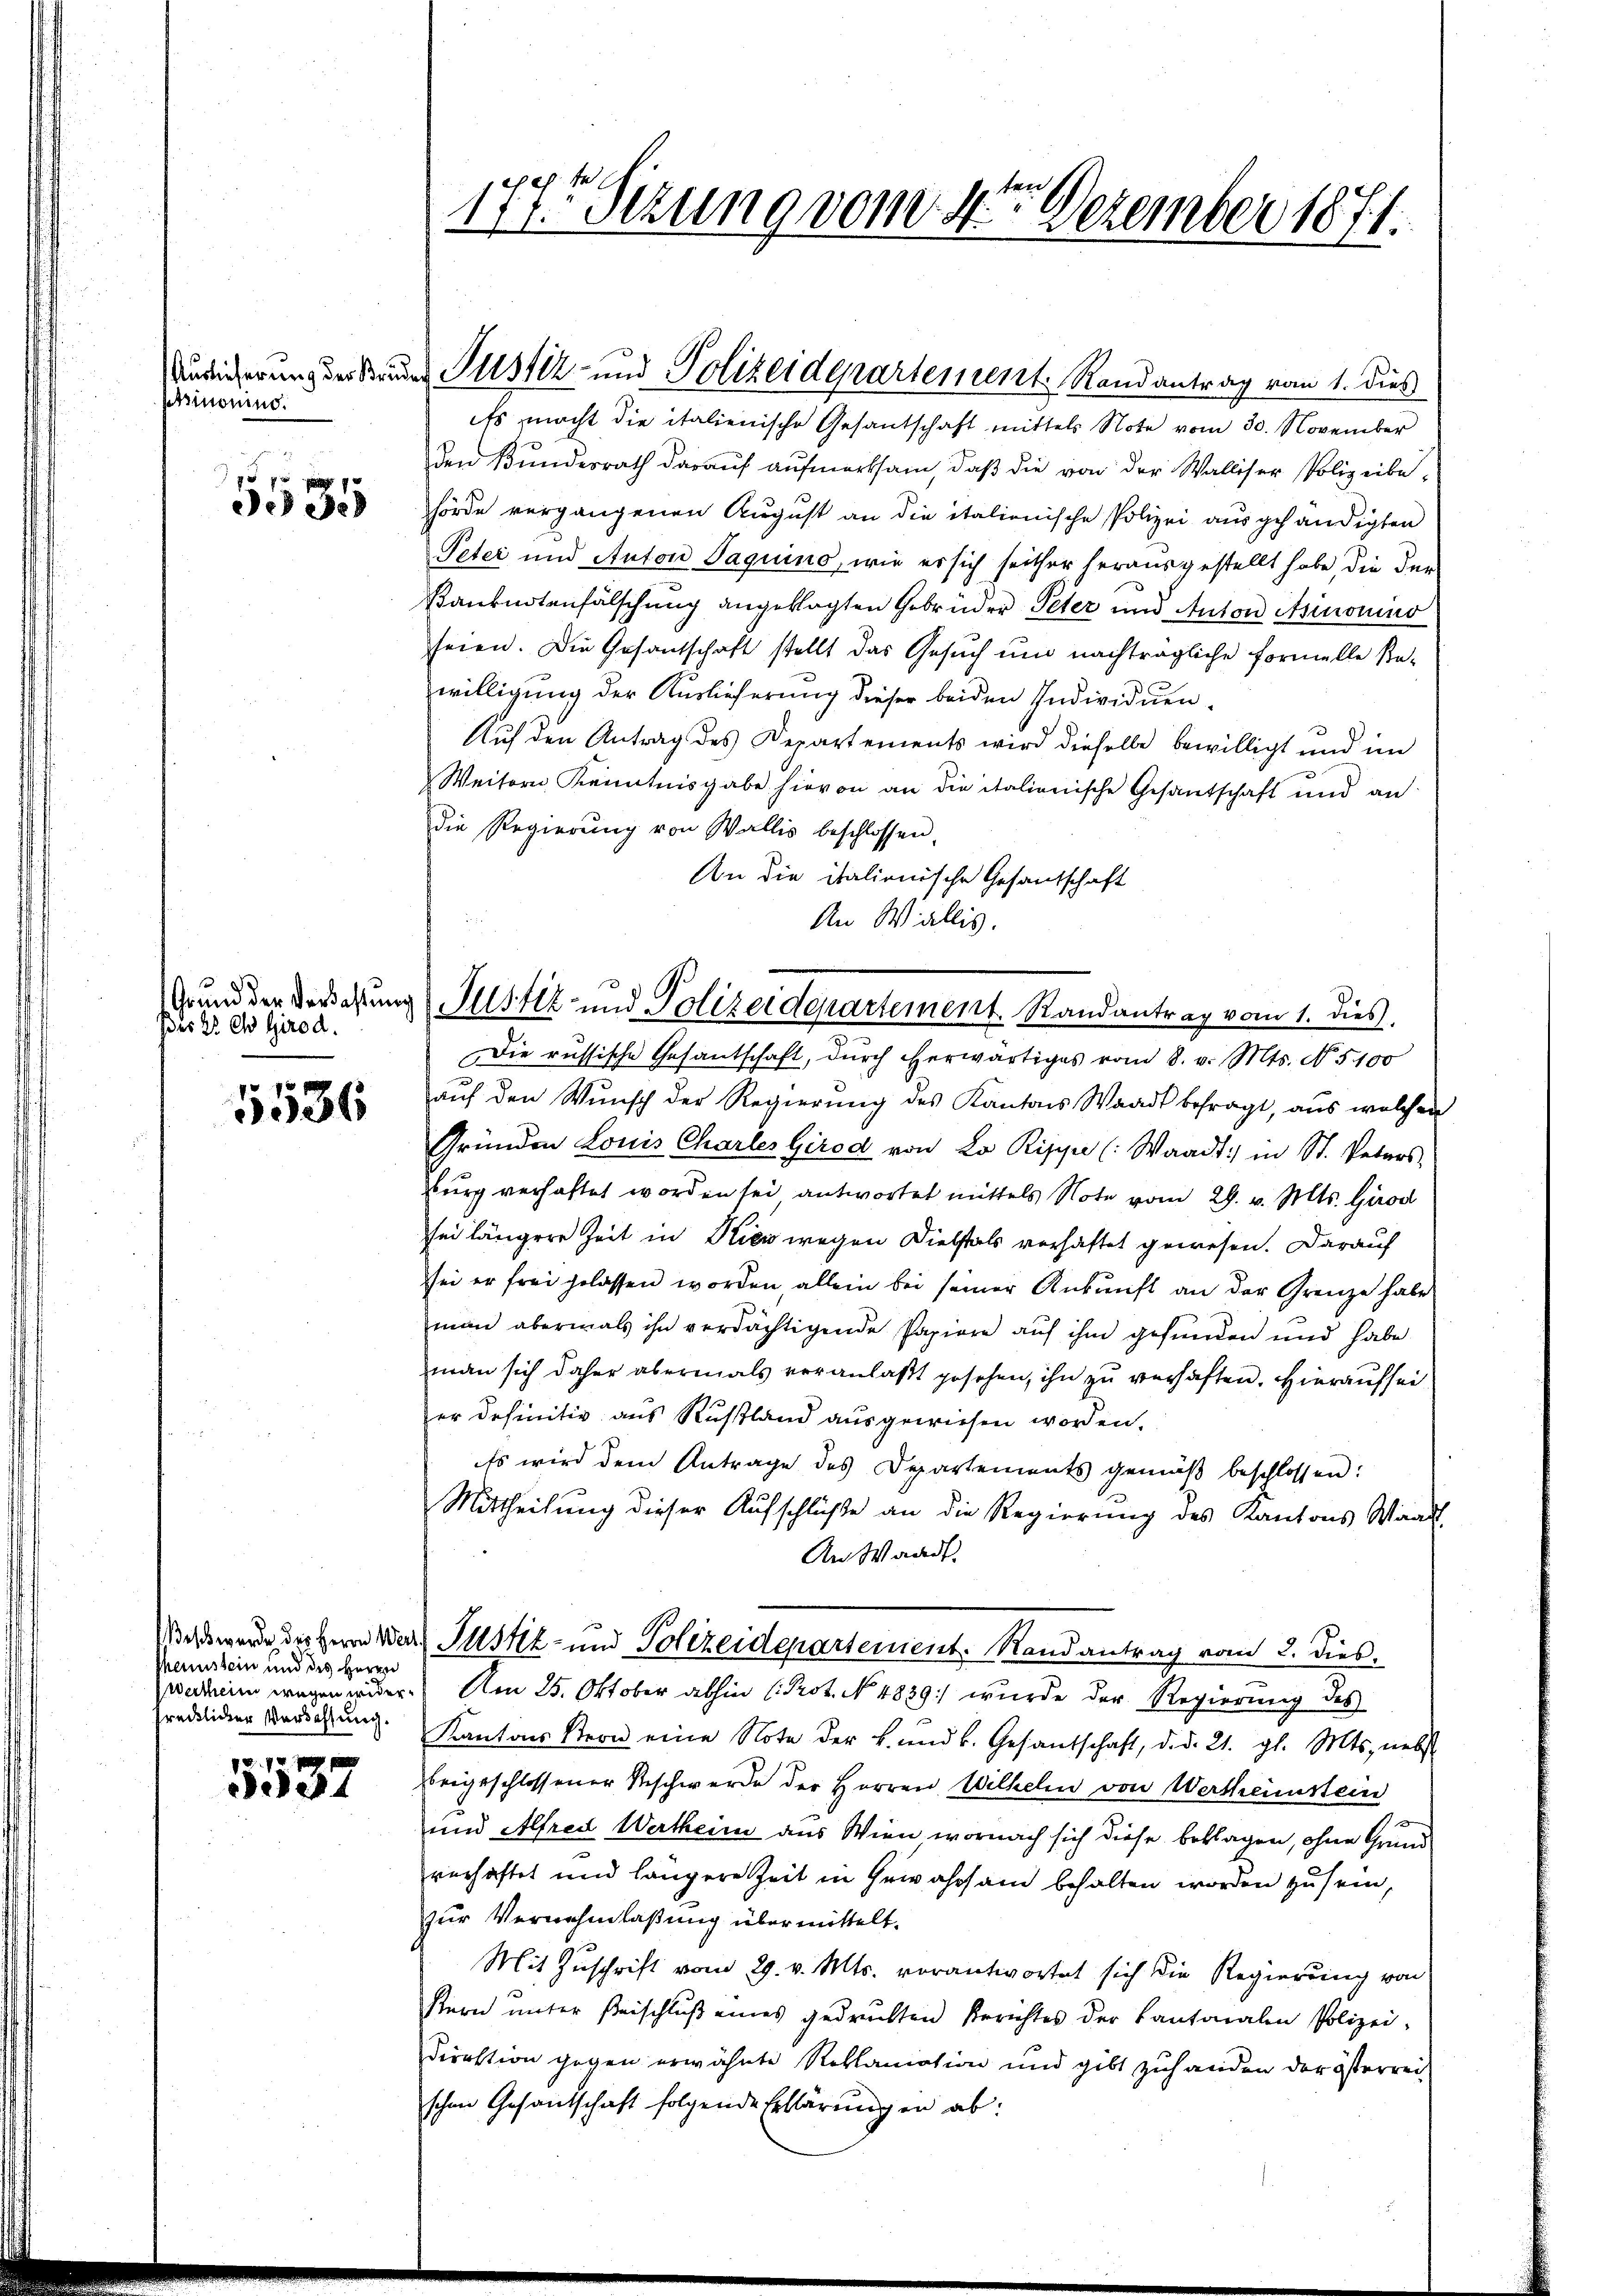
psinonind.

75 g
3035

Grund der Verlastung
Ides 25 ch Girod.

5536

shenstein und des Herrn
Precklicher Verdachtung.

5537

177. Sizung vom 4ten Dezember 1871.

Ausicherung der Bruder Justiz- und Polizeidepartement. Randantrag vom 1. dies

Isttz- und Polizeidepartement. Randantrag vom 1. dies

eEs macht die italienische Gesantschaft mittels Note vom 30. November
den Bundesrath darauf aufmerksam, daß die von der Walliser Polizeibehörde vergangenen August an die italienische Polizei ausgehändigten
Peter und Anton Jaquino, wie er sich seither herausgestellt habe, die der
Banknotenfälschung angeklagten Gebrüder Peter und Anton Asinonino
seien. Die Gesantschaft stellt das Gesuch und nachträgliche Formelle Ka-
willigung der Auslieferung dieser beiden Individuen¬
Auf den Antrag des Departements wird dieselbe bewilligt und im
Weitern Kenntnisgabe hievon an die italienische Gesandschaft und an
die Regierung von Wallis beschlossen.
An die italionische Gesandschaft
An Wallis.
Die russische Gesantschaft, dŭrch erwärtiges vom 8. v. Mts. No. 5100
aŭf den Wunsch der Regierŭng des Kantons Waadt befragt, aus welchen
Gründen Louis Charles Girod von Lo Rippe (Waadt: in St. Veters,
burg verhaftet worden sei antwortet mittels Note vom 29. v. Mts. Gior
sei längere Zeit in Kies wegen Diebstals verhaftet gewesen. Darauf
sei er frei gelassen worden allein bei seiner Ankunft an der Grenze habe
man abermals ihn verdächtigende Papiere aŭf ihm gefunden und habe
man sich daher abermals veranlaßt gesehen, ihn zu verhaften. Hierauf sei
er definitiv aus Rustland ausgewiesen worden.
eEs wird dem Antrage des Departements gemäβ beschlossen:
Mittheilung dieser Aufschlüße an die Regierung des Kantons Waadt,
An Waadt
Was wurde des Herrn Wer Justiz- und Polizeidepartement. Randantrag vom 3. dies
werden wegen wider. Am 25. Oktober abhin (Prot. No 4839) wurde der Regierung des
Kantons Stern eine Note der k. und b. Gesantschaft, d. d. 21. gl. Mts. nebst
beigeschlossener Beschwerde der Herren Wilhelm von Wertheimstein
und Alfred Wertheim aus Wien wornach sich diese beklagen, ohne Grundverhaftet und längere Zeit in Gewahrsam behalten worden zu sein,
zur Vernehmlaßung übermittelt.
Mit Zuschrift vom 29. v. Mts. vorantwortet sich die Regierung von
stern unter Beischlŭβ eines gedruckten Berichtes der Kantonalen Polizei-
Direktion gegen erwähnte Reklamation und gibt zuhanden der österrei
schen Gesandtschaft folgende Erklärungen ab: